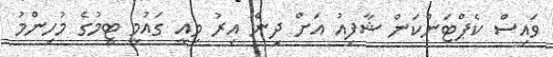
ވައިސް ކެޕްޓަންކަން ޝާފިއު އަށް ދިން އިރު މިއީ ގައުމީ ޓީމުގެ މުހިންމު